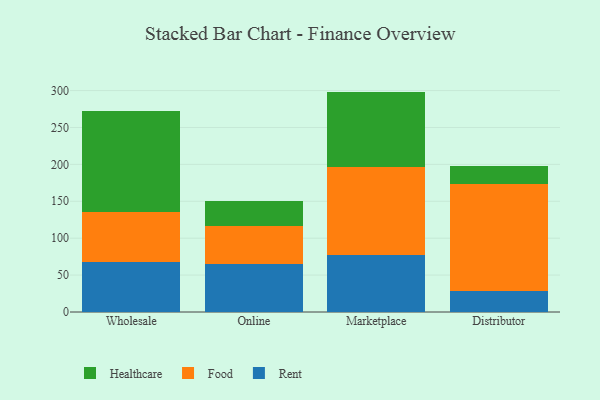
{"axis": {"x": "Channel", "y": "Waste Production (Tons)"}, "legend": ["Food", "Healthcare", "Rent"], "data": [{"x": "Wholesale", "y": 67.3, "type": "Rent"}, {"x": "Wholesale", "y": 68.3, "type": "Food"}, {"x": "Wholesale", "y": 136.5, "type": "Healthcare"}, {"x": "Online", "y": 65.0, "type": "Rent"}, {"x": "Online", "y": 51.0, "type": "Food"}, {"x": "Online", "y": 35.0, "type": "Healthcare"}, {"x": "Marketplace", "y": 77.2, "type": "Rent"}, {"x": "Marketplace", "y": 119.4, "type": "Food"}, {"x": "Marketplace", "y": 102.0, "type": "Healthcare"}, {"x": "Distributor", "y": 28.0, "type": "Rent"}, {"x": "Distributor", "y": 145.0, "type": "Food"}, {"x": "Distributor", "y": 24.9, "type": "Healthcare"}]}